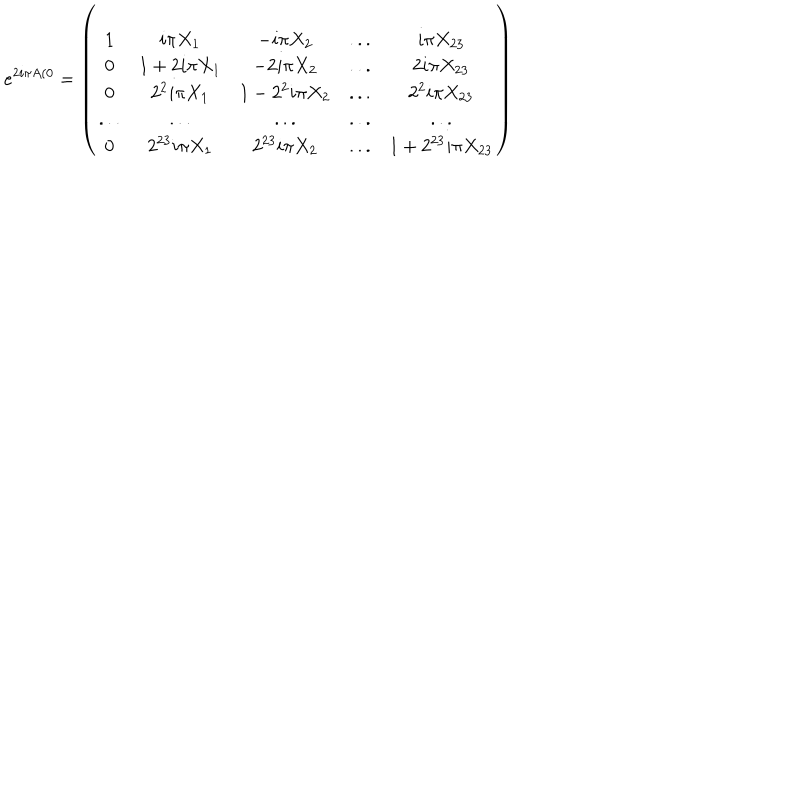
LaTeX: e ^ { 2 i \pi A ( 0 } = \left( \begin{array} { c c c c c } { { 1 } } & { { i \pi X _ { 1 } } } & { { - i \pi X _ { 2 } } } & { { . . . } } & { { i \pi X _ { 2 3 } } } \\ { { 0 } } & { { 1 + 2 i \pi X _ { 1 } } } & { { - 2 i \pi X _ { 2 } } } & { { . . . } } & { { 2 i \pi X _ { 2 3 } } } \\ { { 0 } } & { { 2 ^ { 2 } i \pi X _ { 1 } } } & { { 1 - 2 ^ { 2 } i \pi X _ { 2 } } } & { { . . . } } & { { 2 ^ { 2 } i \pi X _ { 2 3 } } } \\ { { . . . } } & { { . . . } } & { { . . . } } & { { . . . } } & { { . . . } } \\ { { 0 } } & { { 2 ^ { 2 3 } i \pi X _ { 1 } } } & { { 2 ^ { 2 3 } i \pi X _ { 2 } } } & { { . . . } } & { { 1 + 2 ^ { 2 3 } i \pi X _ { 2 3 } } } \\ \end{array} \right)